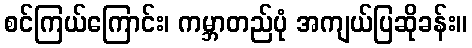
စင်ကြယ်ကြောင်း၊ ကမ္ဘာတည်ပုံ အကျယ်ပြဆိုခန်း။